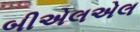
બીએલએલ